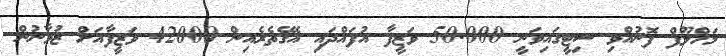
މަހްލޫފް ފޮނުއްވި ސިޓީގައިވަނީ 50.000 ވަޒީފާ އުފައްދައި އޭގެތެރެއިން 42000 ވަޒީފާއަށް ޒުވާނުން